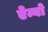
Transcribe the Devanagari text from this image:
ऐम्बो